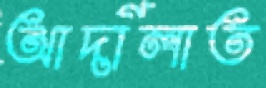
আদালাত